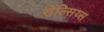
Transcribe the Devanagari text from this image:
सेल्सिय्स